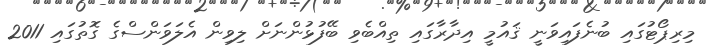
މިރިޕޯޓުގައި ބުނެފައިވަނީ ޤައުމީ އިދާރާގައި ތިއްބެވި ބޭފުޅުންނަށް ލިވިން އެލަވަންސްގެ ގޮތުގައި 2011